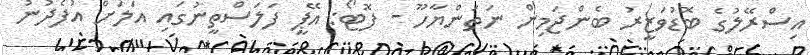
އިސްރޭލުގެ ބޮޑުވަޒީރު ބެންޖަމިން ނަތަންޔާހޫ - ފޮޓޯ: އޭޕީ ފަލަސްތީނުގައި އަލަށް އުފެދުނު